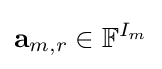
\mathbf {a} _{m,r}\in {\mathbb {F} }^{I_{m}}